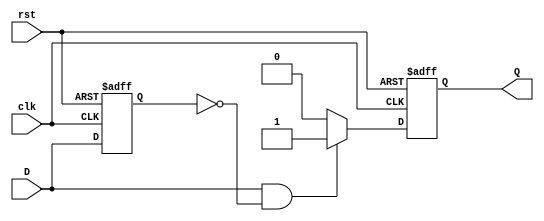
module edge_detector (
    input wire clk,    // Clock input
    input wire rst,    // Asynchronous reset
    input wire D,      // Input signal to detect rising edge
    output reg Q       // Output pulse signal
);

    // Memory block to store the previous state of the input signal
    reg D_prev;

    // Always block triggered on the rising edge of the clock
    always @(posedge clk or posedge rst) begin
        if (rst) begin
            // Reset the previous state and output signal
            D_prev <= 1'b0;
            Q <= 1'b0;
        end else begin
            // Rising edge detection logic
            if (D == 1'b1 && D_prev == 1'b0) begin
                Q <= 1'b1;  // Generate pulse on rising edge
            end else begin
                Q <= 1'b0;  // Clear pulse otherwise
            end
            
            // Update the previous state
            D_prev <= D;
        end
    end

endmodule